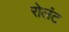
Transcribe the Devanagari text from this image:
रोलंट